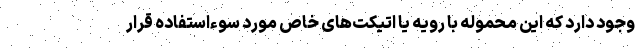
وجود دارد که این محموله با رویه یا اتیکت‌های خاص مورد سوءاستفاده قرار